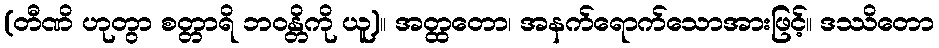
(တီဏိ ဟုတွာ စတ္တာရိ ဘဝန္တိကို ယူ)။ အတ္ထတော၊ အနက်ရောက်သောအားဖြင့်။ ဒဿိတော